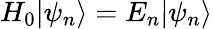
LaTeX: H_{0}|\psi_{n}\rangle=E_{n}|\psi_{n}\rangle